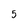
Character: 5